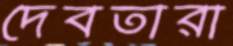
দেবতারা